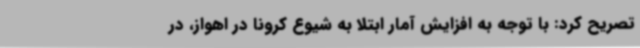
تصریح کرد: با توجه به افزایش آمار ابتلا به شیوع کرونا در اهواز، در